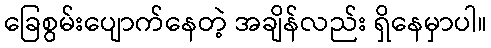
ခြေစွမ်းပျောက်နေတဲ့ အချိန်လည်း ရှိနေမှာပါ။